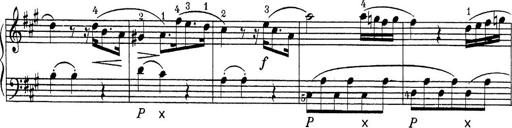
Title: ÄŒeskÃ© Sonatiny
Composer: Various